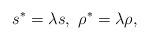
LaTeX: \begin{align*}s^{\ast }=\lambda s,\ \rho ^{\ast }=\lambda \rho ,\end{align*}